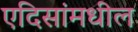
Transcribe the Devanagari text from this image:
एदिसांमधील